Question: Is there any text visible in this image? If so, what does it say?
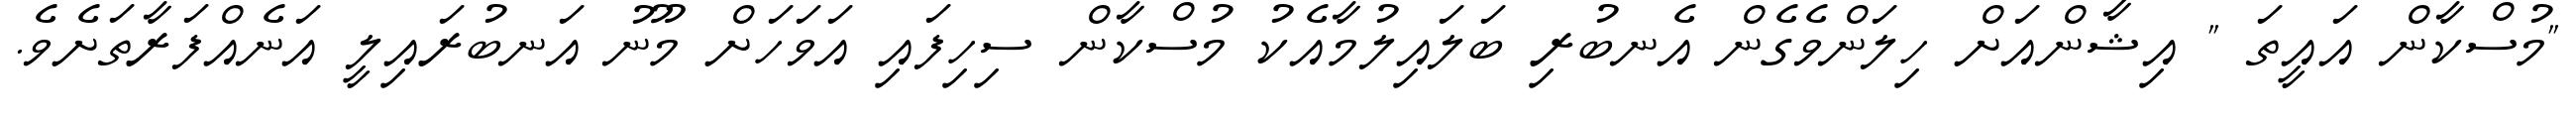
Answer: "މުސްކާން އައީތަ " އިޝާންއަށް ހިލަންވެގެން އެނބުރި ބަލައިލުމާއެކު މުސްކާން ސިހިފައި އަވަހަށް މޫނު އަނބުރައިލީ އަނެއްފަރާތަށެވެ.